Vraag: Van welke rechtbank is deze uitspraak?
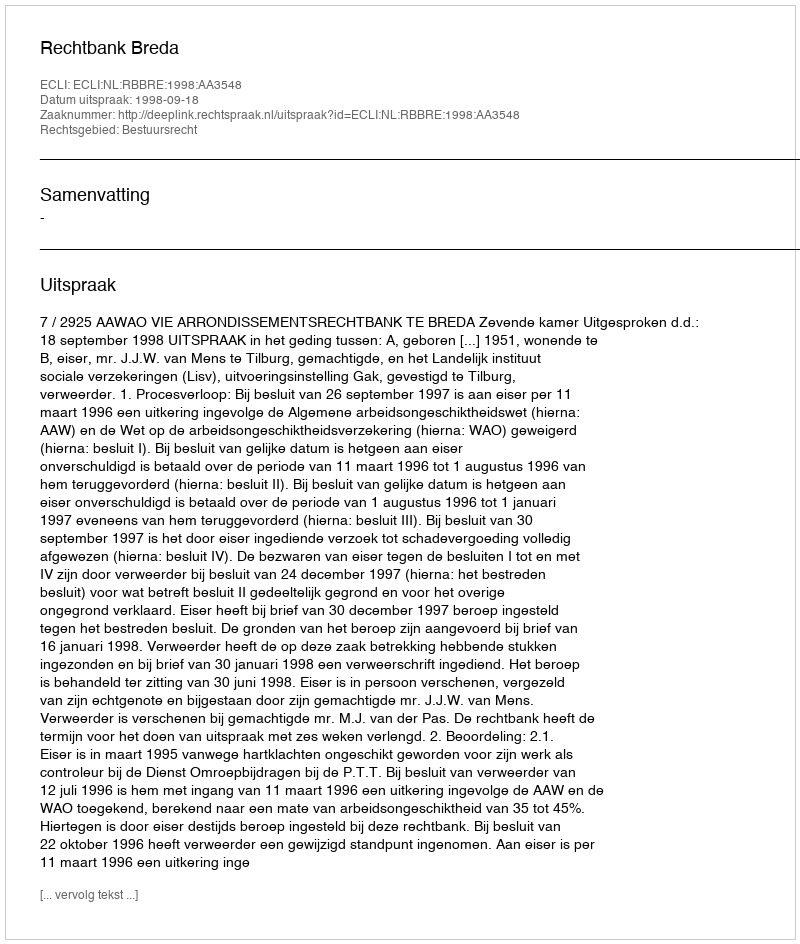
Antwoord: Rechtbank Breda